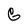
Character: G